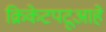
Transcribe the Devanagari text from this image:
क्रिकेटपटूआहे